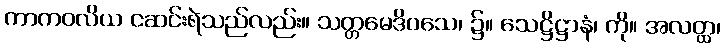
ကာကဝလိယ ငဆင်းရဲသည်လည်း။ သတ္တမေဒိဝသေ၊ ၌။ သေဋ္ဌိဋ္ဌာနံ၊ ကို။ အလတ္ထ၊